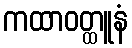
ကထာဝတ္ထူနံ